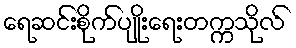
ရေဆင်းစိုက်ပျိုးရေးတက္ကသိုလ်